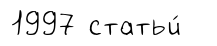
1997 статьи́